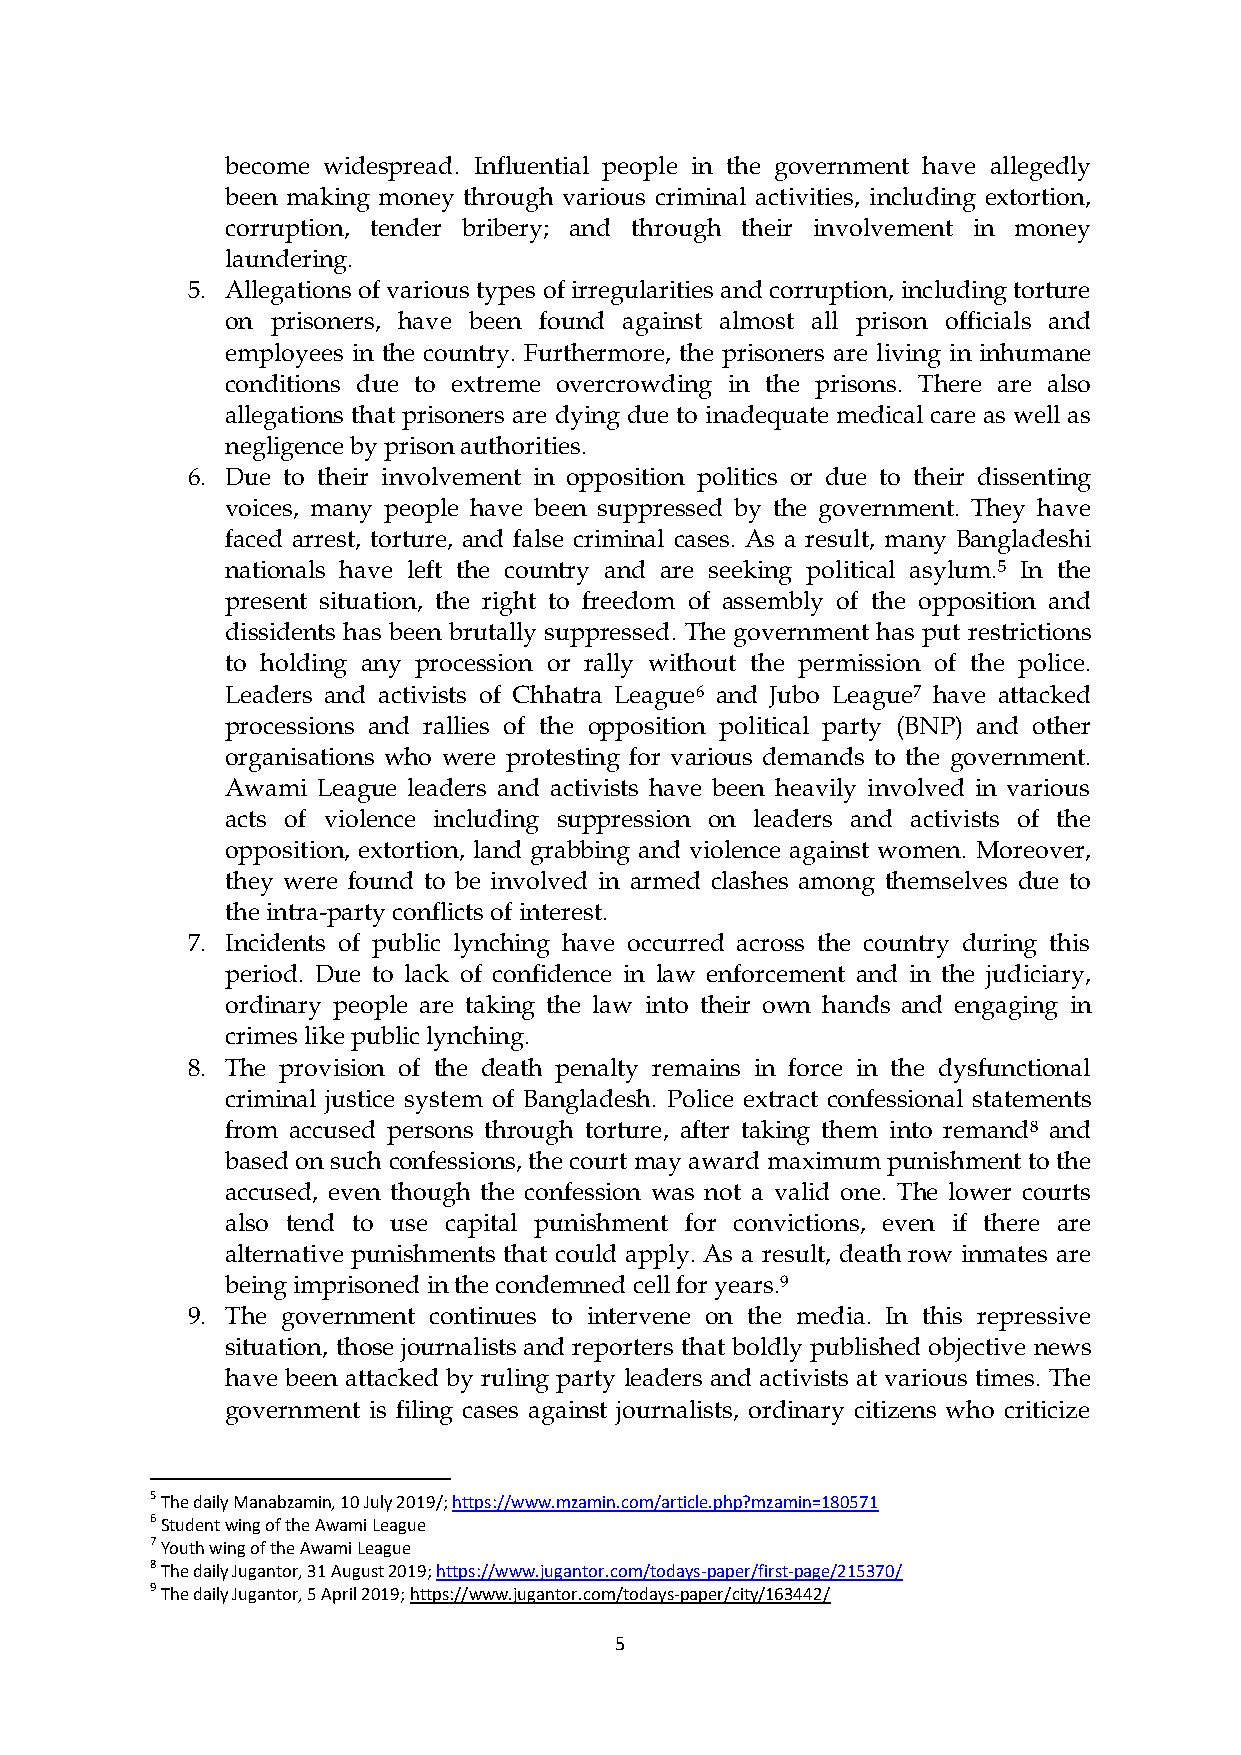
become widespread. Influential people in the government have allegedly
 been making money through various criminal activities, including extortion,
 corruption, tender bribery; and through their involvement in money
 laundering.
 5. Allegations of various types of irregularities and corruption, including torture
 on prisoners, have been found against almost all prison officials and
 employees in the country. Furthermore, the prisoners are living in inhumane
 conditions due to extreme overcrowding in the prisons. There are also
 allegations that prisoners are dying due to inadequate medical care as well as
 negligence by prison authorities.
 6. Due to their involvement in opposition politics or due to their dissenting
 voices, many people have been suppressed by the government. They have
 faced arrest, torture, and false criminal cases. As a result, many Bangladeshi
 nationals have left the country and are seeking political asylum.5 In the
 present situation, the right to freedom of assembly of the opposition and
 dissidents has been brutally suppressed. The government has put restrictions
 to holding any procession or rally without the permission of the police.
 Leaders and activists of Chhatra League6 and Jubo League7 have attacked
 processions and rallies of the opposition political party (BNP) and other
 organisations who were protesting for various demands to the government.
 Awami League leaders and activists have been heavily involved in various
 acts of violence including suppression on leaders and activists of the
 opposition, extortion, land grabbing and violence against women. Moreover,
 they were found to be involved in armed clashes among themselves due to
 the intra-party conflicts of interest.
 7. Incidents of public lynching have occurred across the country during this
 period. Due to lack of confidence in law enforcement and in the judiciary,
 ordinary people are taking the law into their own hands and engaging in
 crimes like public lynching.
 8. The provision of the death penalty remains in force in the dysfunctional
 criminal justice system of Bangladesh. Police extract confessional statements
 from accused persons through torture, after taking them into remand8 and
 based on such confessions, the court may award maximum punishment to the
 accused, even though the confession was not a valid one. The lower courts
 also tend to use capital punishment for convictions, even if there are
 alternative punishments that could apply. As a result, death row inmates are
 being imprisoned in the condemned cell for years.9
 9. The government continues to intervene on the media. In this repressive
 situation, those journalists and reporters that boldly published objective news
 have been attacked by ruling party leaders and activists at various times. The
 government is filing cases against journalists, ordinary citizens who criticize
 5 The daily Manabzamin, 10 July 2019/; https://www.mzamin.com/article.php?mzamin=180571
 6 Student wing of the Awami League
 7 Youth wing of the Awami League
 8 The daily Jugantor, 31 August 2019; https://www.jugantor.com/todays-paper/first-page/215370/
 9 The daily Jugantor, 5 April 2019; https://www.jugantor.com/todays-paper/city/163442/
 5